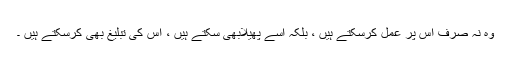
وہ نہ صرف اس پر عمل کرسکتے ہیں ، بلکہ اسے پھیلابھی سکتے ہیں ، اس کی تبلیغ بھی کرسکتے ہیں ۔